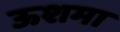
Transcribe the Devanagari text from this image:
ऊशमा